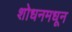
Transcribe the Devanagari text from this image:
शोधनमधून